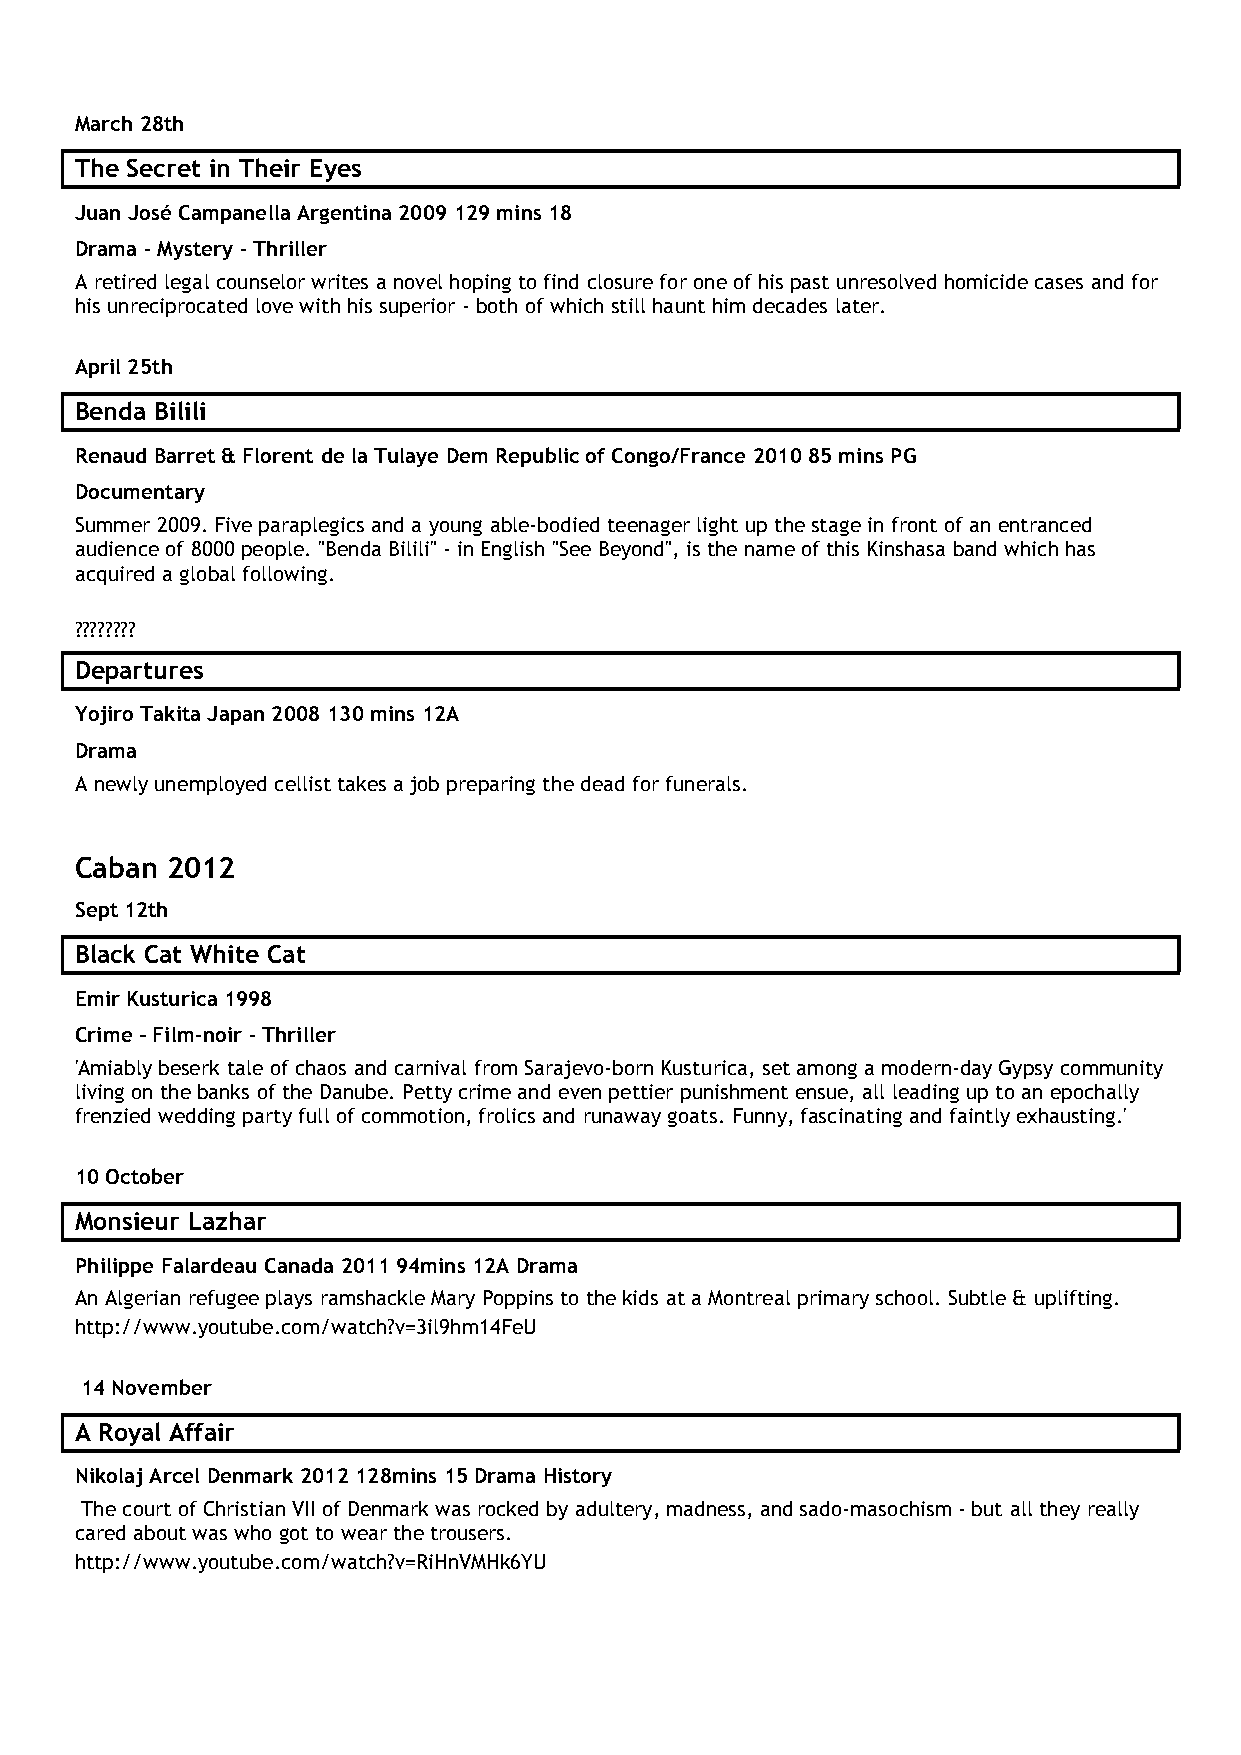
March 28th
 The Secret in Their Eyes
 Juan José Campanella Argentina 2009 129 mins 18
 Drama - Mystery - Thriller
 A retired legal counselor writes a novel hoping to find closure for one of his past unresolved homicide cases and for
 his unreciprocated love with his superior - both of which still haunt him decades later.
 April 25th
 Benda Bilili
 Renaud Barret & Florent de la Tulaye Dem Republic of Congo/France 2010 85 mins PG
 Documentary
 Summer 2009. Five paraplegics and a young able-bodied teenager light up the stage in front of an entranced
 audience of 8000 people. "Benda Bilili" - in English "See Beyond", is the name of this Kinshasa band which has
 acquired a global following.
 ????????
 Departures
 Yojiro Takita Japan 2008 130 mins 12A
 Drama
 A newly unemployed cellist takes a job preparing the dead for funerals.
 Caban 2012
 Sept 12th
 Black Cat White Cat
 Emir Kusturica 1998
 Crime – Film-noir - Thriller
 'Amiably beserk tale of chaos and carnival from Sarajevo-born Kusturica, set among a modern-day Gypsy community
 living on the banks of the Danube. Petty crime and even pettier punishment ensue, all leading up to an epochally
 frenzied wedding party full of commotion, frolics and runaway goats. Funny, fascinating and faintly exhausting.'
 10 October
 Monsieur Lazhar
 Philippe Falardeau Canada 2011 94mins 12A Drama
 An Algerian refugee plays ramshackle Mary Poppins to the kids at a Montreal primary school. Subtle & uplifting.
 http://www.youtube.com/watch?v=3il9hm14FeU
 14 November
 A Royal Affair
 Nikolaj Arcel Denmark 2012 128mins 15 Drama History
 The court of Christian VII of Denmark was rocked by adultery, madness, and sado-masochism - but all they really
 cared about was who got to wear the trousers.
 http://www.youtube.com/watch?v=RiHnVMHk6YU